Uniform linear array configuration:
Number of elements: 32
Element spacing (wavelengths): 1
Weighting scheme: kaiser
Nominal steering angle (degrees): -60
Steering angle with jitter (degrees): -61.228
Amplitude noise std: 0.05
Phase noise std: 0.05

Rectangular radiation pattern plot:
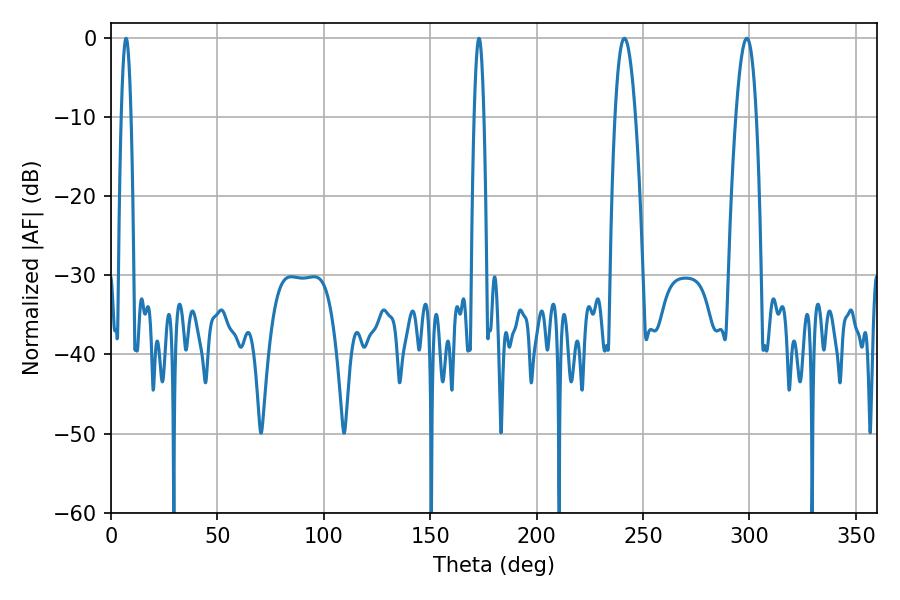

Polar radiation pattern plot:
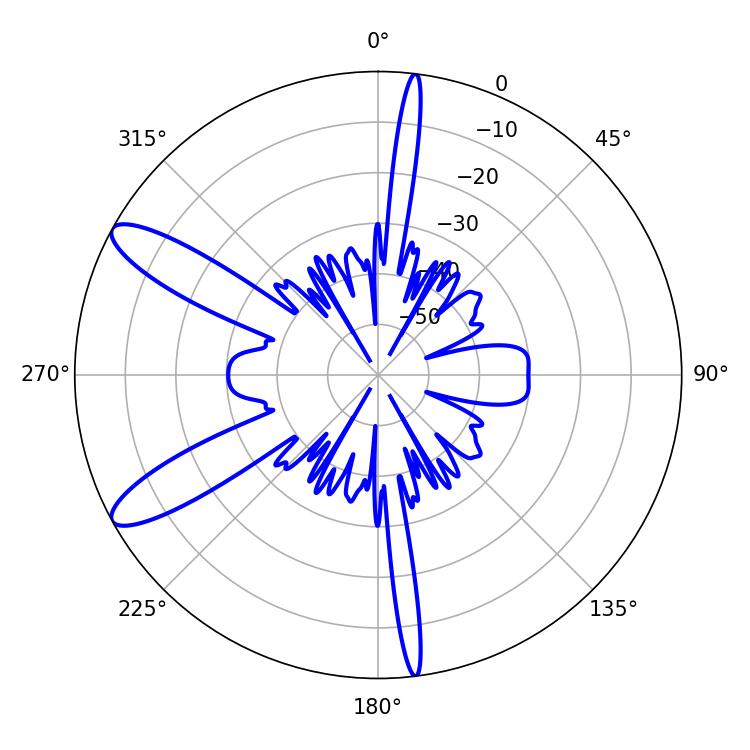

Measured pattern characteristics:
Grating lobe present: TRUE
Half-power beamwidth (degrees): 5.22
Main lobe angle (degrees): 241.2